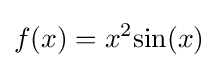
f(x)=x^{2}{\text{sin}}(x)